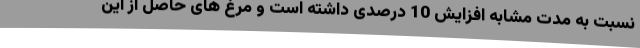
نسبت به مدت مشابه افزایش 10 درصدی داشته است و مرغ های حاصل از این